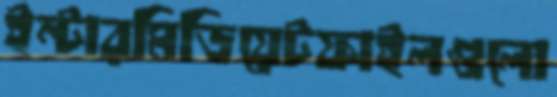
ইন্টারমিডিয়েটফাইলগুলো